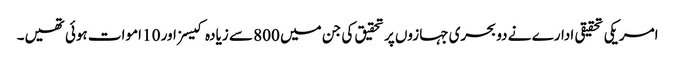
امریکی تحقیقی ادارے نے دو بحری جہازوں پر تحقیق کی جن میں 800 سے زیادہ کیسز اور 10 اموات ہوئی تھیں۔